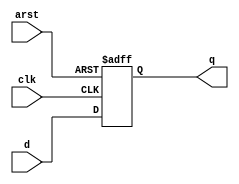
module dffa3(clk, arst, d, q);
input clk, arst, d;
output reg q;
always @(posedge clk or negedge arst) begin
	if (~(!arst))
		q <= d;
	else
		q <= 1;
end
endmodule